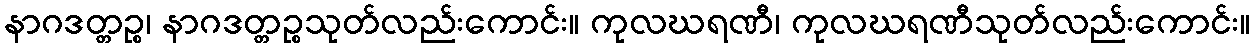
နာဂဒတ္တဉ္စ၊ နာဂဒတ္တဉ္စသုတ်လည်းကောင်း။ ကုလဃရဏီ၊ ကုလဃရဏီသုတ်လည်းကောင်း။